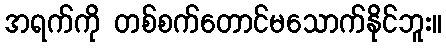
အရက်ကို တစ်စက်တောင်မသောက်နိုင်ဘူး။